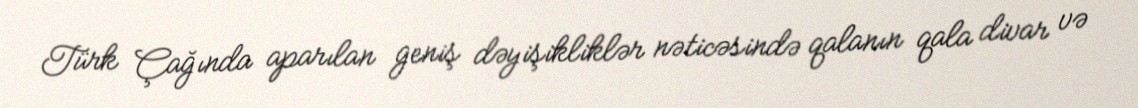
Türk Çağında aparılan geniş dəyişikliklər nəticəsində qalanın qala divar və